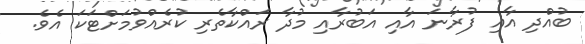
ބުއްދި އާއި ފުރާނަ އާއި އަބުރާއި މުދާ ރައްކާތެރި ކުރެއްވުމަށްޓަކަ އެވެ.